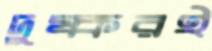
দুষ্করই